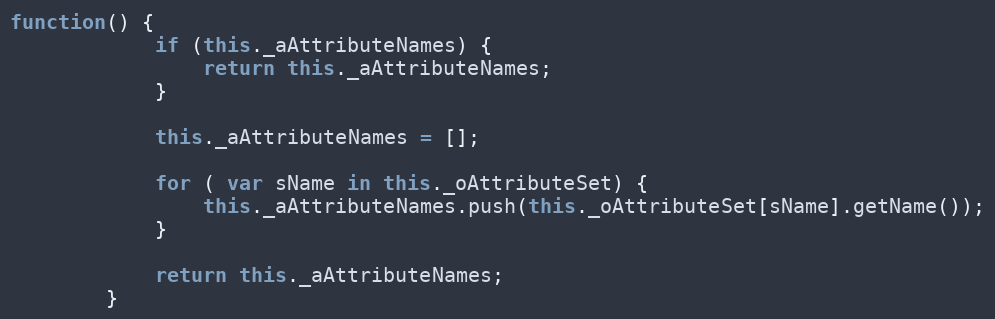
Language: JavaScript
function() {
			if (this._aAttributeNames) {
				return this._aAttributeNames;
			}

			this._aAttributeNames = [];

			for ( var sName in this._oAttributeSet) {
				this._aAttributeNames.push(this._oAttributeSet[sName].getName());
			}

			return this._aAttributeNames;
		}